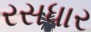
રસધાર